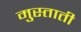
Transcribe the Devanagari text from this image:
मुस्ताती